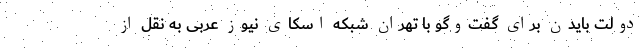
دولت بایدن برای گفت‌و‌گو با تهران شبکه اسکای نیوز عربی به نقل از